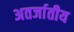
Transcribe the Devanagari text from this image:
अतर्जातीय